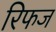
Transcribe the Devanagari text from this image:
रिफज